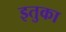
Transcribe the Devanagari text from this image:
इतुका